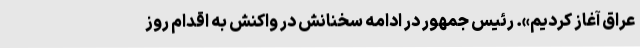
عراق آغاز کردیم». رئیس جمهور در ادامه سخنانش در واکنش به اقدام روز